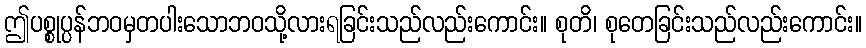
ဤပစ္စုပ္ပန်ဘဝမှတပါးသောဘဝသို့လားရခြင်းသည်လည်းကောင်း။ စုတိ၊ စုတေခြင်းသည်လည်းကောင်း။